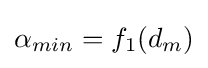
\alpha _{min}=f_{1}(d_{m})